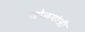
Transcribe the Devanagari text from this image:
खोळगोत्री